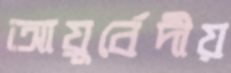
আয়ুর্বেদীয়